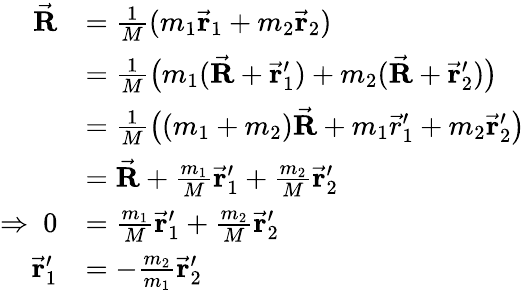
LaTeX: \begin{array}{rl}{\vec{\mathbf R}}&{=\frac{1}{M}(m_{1}\vec{\mathbf r}_{1}+m_{2}\vec{\mathbf r}_{2})}\\ &{=\frac{1}{M}\big(m_{1}(\vec{\mathbf R}+\vec{\mathbf r}_{1}^{\prime})+m_{2}(\vec{\mathbf R}+\vec{\mathbf r}_{2}^{\prime})\big)}\\ &{=\frac{1}{M}\big((m_{1}+m_{2})\vec{\mathbf R}+m_{1}\vec{r}_{1}^{\prime}+m_{2}\vec{\mathbf r}_{2}^{\prime}\big)}\\ &{=\vec{\mathbf R}+\frac{m_{1}}{M}\vec{\mathbf r}_{1}^{\prime}+\frac{m_{2}}{M}\vec{\mathbf r}_{2}^{\prime}}\\ {\Rightarrow\ 0}&{=\frac{m_{1}}{M}\vec{\mathbf r}_{1}^{\prime}+\frac{m_{2}}{M}\vec{\mathbf r}_{2}^{\prime}}\\ {\vec{\mathbf r}_{1}^{\prime}}&{=-\frac{m_{2}}{m_{1}}\vec{\mathbf r}_{2}^{\prime}}\end{array}